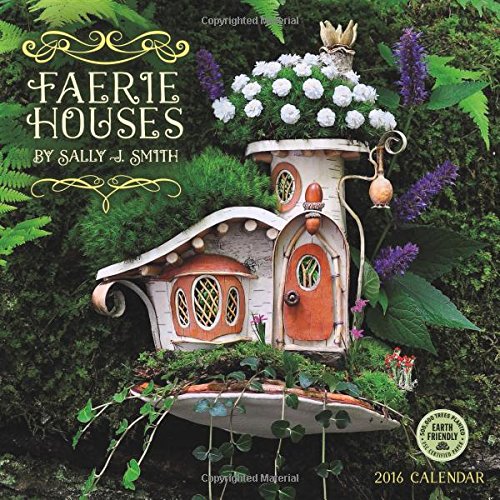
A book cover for Faerie Houses 2016 Wall Calendar; Sally J. Smith; Calendars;